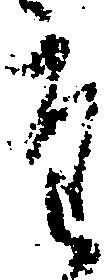
た